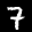
Label: 7